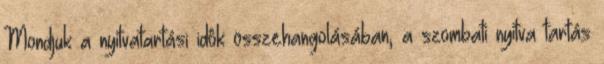
Mondjuk a nyitvatartási idôk összehangolásában, a szombati nyitva tartás